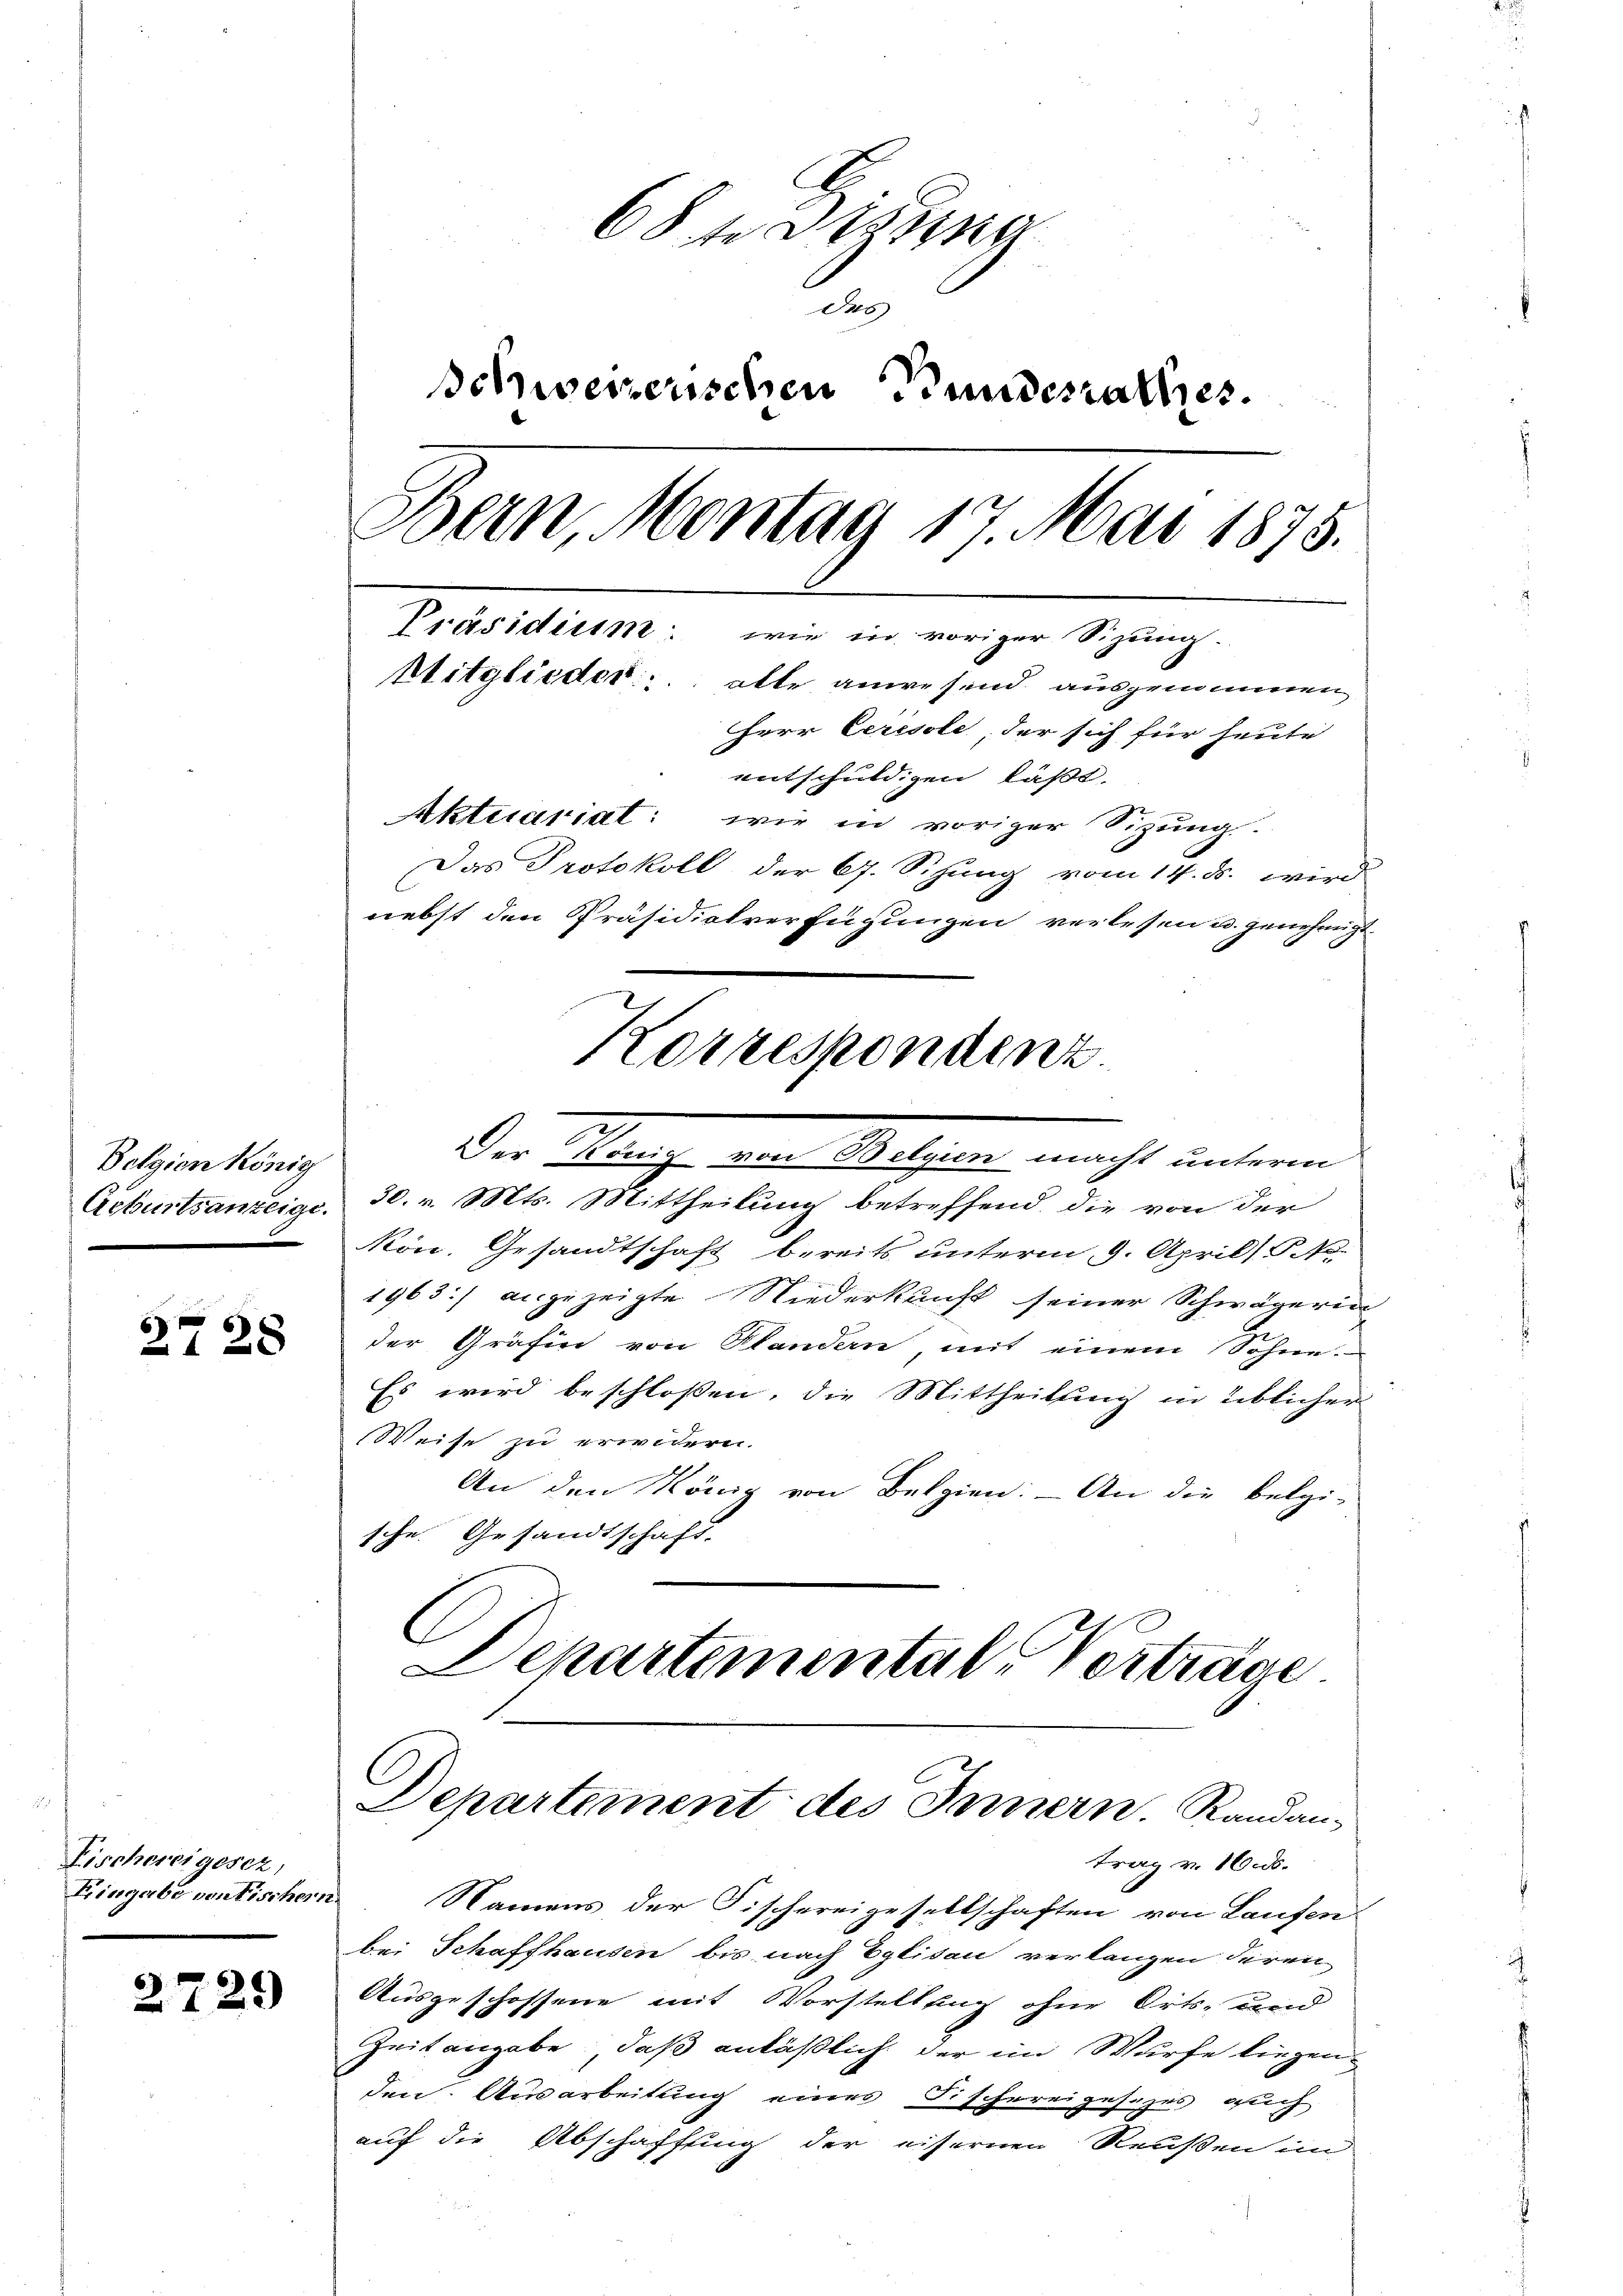
Belgien König
Geburtsanzeige.

27 28

Fischereigesez,
Fringabe von Tischern.

2729)

68 te Diss
des
Schwererischen Bundesrathes.
Bern, Montag 17 Mai 1875.
Präsidium: wie in voriger Sizung.
Mitglieder alle anwesend ausgenommen,
Herr Ceresole, der sich für heute
entschuldigen läßt.
Aktuariat: wie in voriger Sizung.
Das Protokoll der 6. Sitzung vom 14. ds. wird
nebst den Präsidialverfügungen verlesen u. genehmigt
Korrespondenz

30. v. Mts. Mittheilung betreffend die von der
Kon. Gesandtschaft bereits unterm 9. April (T.12.
1963] angezeigte Niederkunft seiner Schwägerin
der Gräfin von Standen, mit einem Sohne.
Es wird beschlossen, die Mittheilung in üblicher
Weise zu erwidern.
An den König von Belgien. — An die belgi-
sche Gesandtschaft.

Der König von Belgien macht unterm

Departemental Vertrage
Departement des Innern. Randan¬

trag v. 16 ds.
Namens der Fischereigesellschaften von Laufen
bei Schaffhausen bis nach Eglisau verlangen deren
Ausgeschossene mit Vorstellung ohne Orts- und
Zeitangabe, daß anläßlich der im Würfe liegen
den Ausarbeitung eines Fischereigesezes auch
auf die Abschaffung der eisernen Reußen im